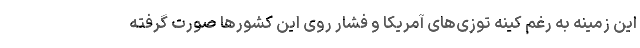
این زمینه به رغم کینه توزی‌های آمریکا و فشار روی این کشورها صورت گرفته